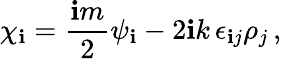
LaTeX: \chi_{\mathbf{i}}=\frac{{\mathbf{i}m}}{{2}}\psi_{\mathbf{i}}-2\mathbf{i}k\, \epsilon_{\mathbf{i}j}\rho_{j}\, ,